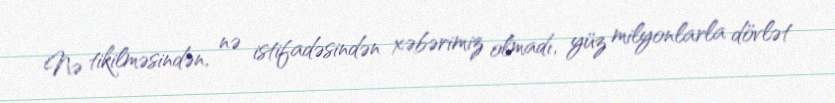
Nə tikilməsindən, nə istifadəsindən xəbərimiz olmadı, yüz milyonlarla dövlət